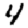
Digit: 4